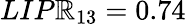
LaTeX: LIP\mathbb{R}_{13}=0.74